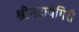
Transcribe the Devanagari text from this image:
श्रीमद्रायगिरौ